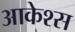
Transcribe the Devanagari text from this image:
आकेश्स